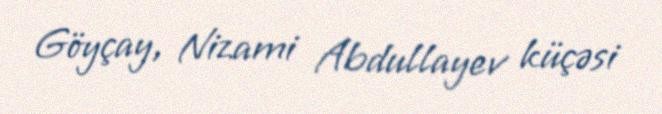
Göyçay, Nizami Abdullayev küçəsi